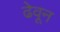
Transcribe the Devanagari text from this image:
ढेवून